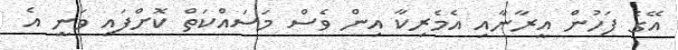
އޭގެ ފަހުން އީރާނާއި އެމެރިކާ އިން ވެސް މަސައްކަތް ކޮށްފައި ވަނީ އެ